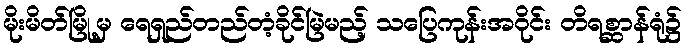
မိုးမိတ်မြို့မှ ရေရှည်တည်တံ့ခိုင်မြဲမည့် သပြေကုန်းအဝိုင်း တိရစ္ဆာန်ရုံ၌